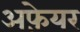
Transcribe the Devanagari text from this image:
अफ़ेयर